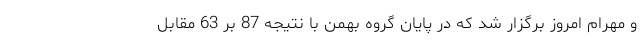
و مهرام امروز برگزار شد که در پایان گروه بهمن با نتیجه 87 بر 63 مقابل